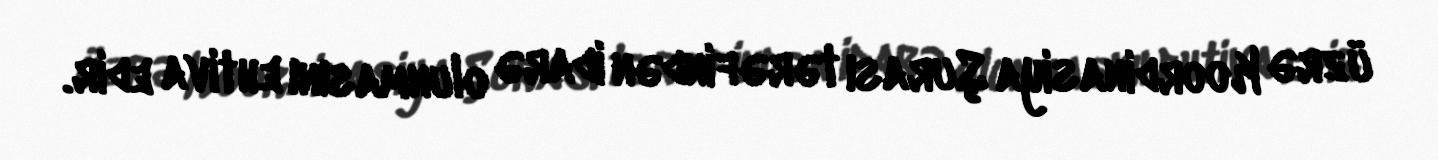
üzrə Koordinasiya Şurası tərəfindən idarə olunmasını ehtiva edir.